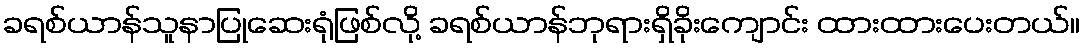
ခရစ်ယာန်သူနာပြုဆေးရုံဖြစ်လို့ ခရစ်ယာန်ဘုရားရှိခိုးကျောင်း ထားထားပေးတယ်။